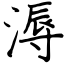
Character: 溽